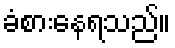
ခံစားနေရသည်။